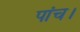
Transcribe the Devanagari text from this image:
पांच।